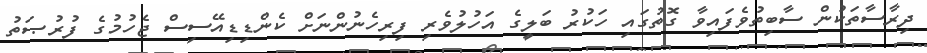
ދިރާސާތަކުން ސާބިތުވެފައިވާ ގޮތުގައި ހަކުރު ބަލީގެ އަހުލުވެރި ފިރިހެނުންނަށް ކެންޑިޑިއޭސިސް ޖެހުމުގެ ފުރުޞަތު